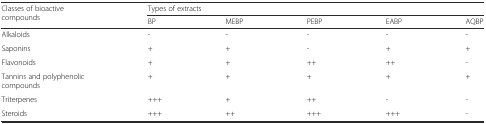
<table><thead><tr><td rowspan="2"><b>Classes of bioactive compounds</b></td><td colspan="5"><b>Types of extracts</b></td></tr><tr><td><b>BP</b></td><td><b>MEBP</b></td><td><b>PEBP</b></td><td><b>EABP</b></td><td><b>AQBP</b></td></tr></thead><tbody><tr><td>Alkaloids</td><td>-</td><td>-</td><td>-</td><td>-</td><td>-</td></tr><tr><td>Saponins</td><td>+</td><td>+</td><td>-</td><td>+</td><td>+</td></tr><tr><td>Flavonoids</td><td>+</td><td>+</td><td>++</td><td>++</td><td>-</td></tr><tr><td>Tannins and polyphenolic compounds</td><td>+</td><td>+</td><td>+</td><td>+</td><td>+</td></tr><tr><td>Triterpenes</td><td>+++</td><td>+</td><td>++</td><td>-</td><td>-</td></tr><tr><td>Steroids</td><td>+++</td><td>++</td><td>+++</td><td>+++</td><td>-</td></tr></tbody></table>